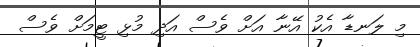
މި ލަނޑާ އެކު އޭނާ އަށް ވެސް އަދި މުޅި ޓީމަށް ވެސް